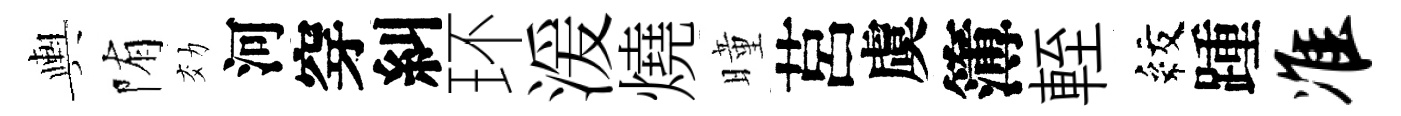
輿陏効河穿糾环湲燒曈莒虞簿輊紋踵准